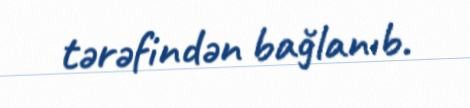
tərəfindən bağlanıb.